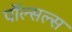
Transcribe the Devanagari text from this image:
पॉल्सल्स